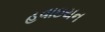
હવાઇયન